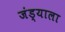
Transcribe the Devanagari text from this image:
जंड्याला